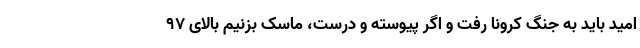
امید باید به جنگ کرونا رفت و اگر پیوسته و درست، ماسک بزنیم بالای 97